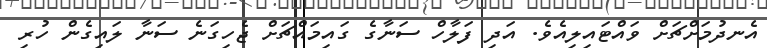
އެނދުމަށްޗަށް ވައްޓައިލިއެވެ. އަދި ފަލާހް ސަނާގެ ގައިމައްޗަށް ޖެހިގަނެ ސަނާ ލައިގެން ހުރި